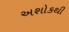
અશોકથી